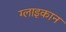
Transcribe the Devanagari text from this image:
ग्लाइकान